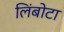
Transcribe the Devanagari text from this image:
लिंबोटा